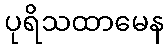
ပုရိသထာမေန